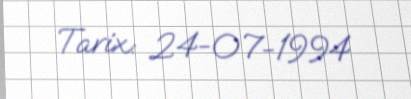
Tarix: 24-07-1994